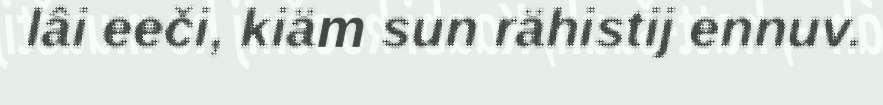
lâi eeči, kiäm sun rähistij ennuv.